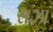
સઝા